Annual report on the mental hospital in the Central Provinces and Berar (Nagpur) - 1927-1951
Year: 1927
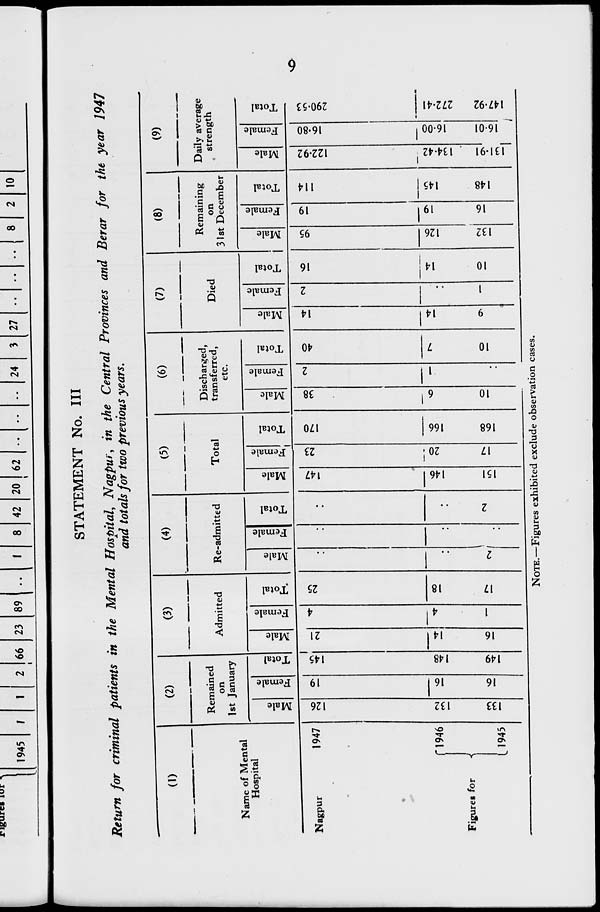
rigurcs jur ■%
1945
66 23 89
8 42 20 | 62
24
27
8
2 10
STATEMENT No. Ill
Return for criminal patients in the Mental Hospital, Nagpui, in the Central Provinces and Berar for the year 1947
and totals for two previous years.
(1)
(2)
(3)
(4)
—
(5)
(6)
(7)
(8)
(9)
/erage
Remained
Discharged,
Remaining
Daily a^
on
Admitted
Re-admitted
Total
transferred,
Die d
on
strength
1st January
etc.
31st December
Name of Mental
Hospital
CJ
V
0)
<u
v
V
u
V
S
15
£
C5
o
h
4>
"3
2
3
3
3
2
£
fa
ea
o
JJ2
CO
s
£
fa
ea
0
3
£
fa
o
13
3
£
fa
"3
O
*3
a
3
£
fa
3
£
V
fa
03
o
h
Nagpur
1947
NO
ON
m
I
T
m
1 - en o oo «N) o -* C%! vO in ON ^f m o en
rs
*«t-
<N
CN
■««■
<N
r*»
m
■v
—■
o
—
«—
ON
oo
in
•
•
.
Csl
sO
o
n4
ON
•
Csl
.
*-
riQ46
<N
NO
oo
T
<<r
oo
vO
O
NO
\©
,_
r>.
"<•■
"*
vO
ON
m
nj
o
CO
"—
T
■"~
•""
**
CN
vO
""
•p"
rxi
•—
TT
•*f
o
T
e*N
SO
<NJ
CN1
Figures for
<
en
NO
ON
NO
_
I>»
«N
1^
OO
o
o
ON
_
o
«NJ
NO
00
_
CN|
«n
""*■
m
vO
en
-<r
ON
o
ON
L 1945
~
•
~
•
~~
—
NO
cn
—
1
-1 l ~
vO
NOTE.—Figures exhibited exclude observation cases.